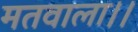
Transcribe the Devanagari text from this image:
मतवाला।।